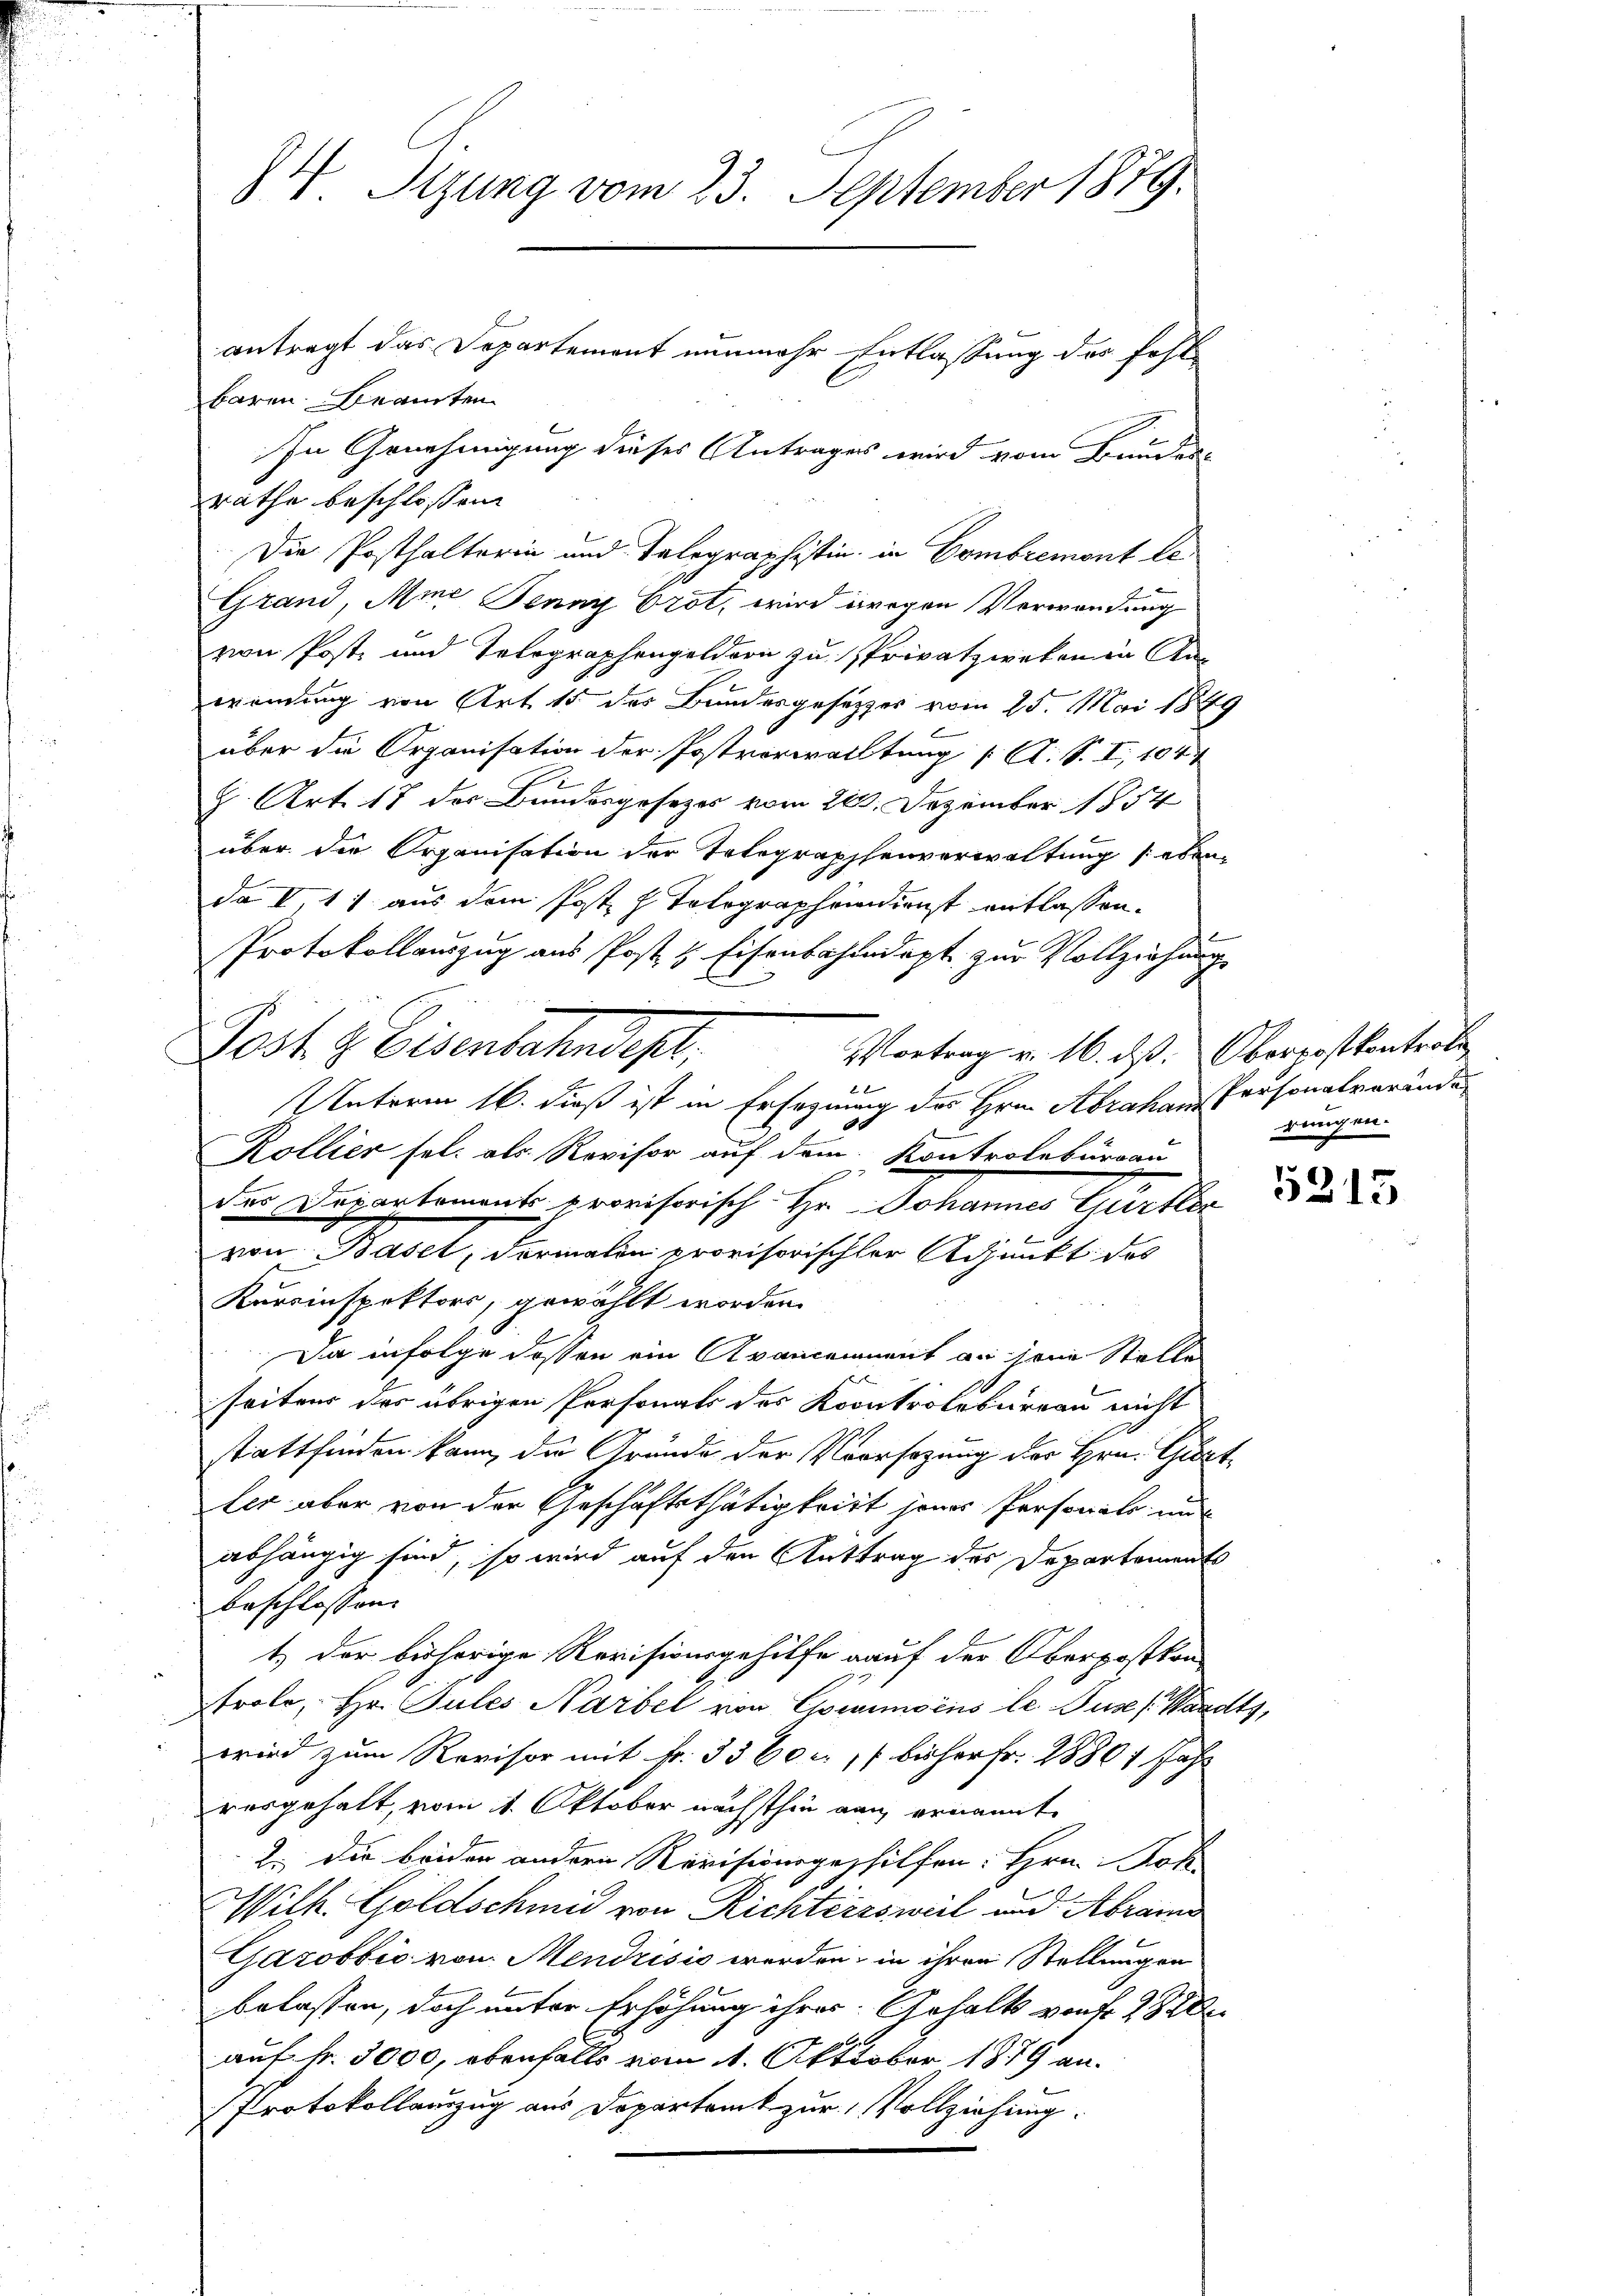
84. Tizung vom 23. September 1879.
antragt das Departement nunmehr Entlassung des fehl

baren Beamten
In Genehmigung dieses Antrages wird vom Bundes-
räthe beschlossen:
Die Posthalterin und Talographistin in Combremont le
Grand, Mine Jenny brot, wird wegen Verwendung
von Post und Telegraphengeldern zu sprivatzweten in Anwendung von Art. 15 des Bundesgesetzes vom 25. Mai 1889
über die Organisation der Postverwaltung (A. S. I, 104
h. Art. 17 der Bundesgesezes vom 21. Dezember 1854
über die Organisation der Telegraphenverwaltung eben
da I, 11 aus dem Post h. Tolographendienst entlassen.
Protokollauszug aus Post & Eisenbahndapt zur Vollziehung
Post & Eisenbahndest,
Vortrag v. 16. dß. Oberrostkontrole

Unterm 16. dieß ist in Ersegnung des Hrn. Abrahan Personalverinder
Kollier sel. als Revisor auf dem Kontrolbureau
F
des Departements provisorisch-Hr. Johannes Gürtler
von Basel, Formelin provisorischter Adjunkt des
Kursinspektors, gewählt worden.
Da infolge dessen ein Avancement an sein Stelle
seitens des übrigen Personals der Kontrolbureau nicht
stattfinden kann, die Gründe der Vorrsezung der Hrn. Gurt
fer aber von der Geschäftsthätig tritt jenes Personals aus
abhängig sind, so wird auf den Anttrag des Departements
beschlossen:
t) der bisherige Revisionsgehilfe auf der Oberpostkon
Frole, Hr. Pules Narbel von Crimoins le Jus (Waadt,
wird zum Revisor mit Fr. 3360 c. 11 bisher Fr. 28801 Jahr
vorgehalt, vom 1. Oktober nächsthin auch ernannt
2. Die beiden andern Revisionsgeschilfen: Hrn. Joh
Wilh. Goldschmid von Richtersweil und Abran
Gazobbio von Mendrisis werden, in ihren Stellungen
belassen, doch unter Erhöhung ihrer Gehalts von fr. 282
26.
auf Fr. 3000, ebenfalls vom 1. Okttober 1879 an.
Protokollauszug aus Departamt zur Vollziehung.

rungen.

5315